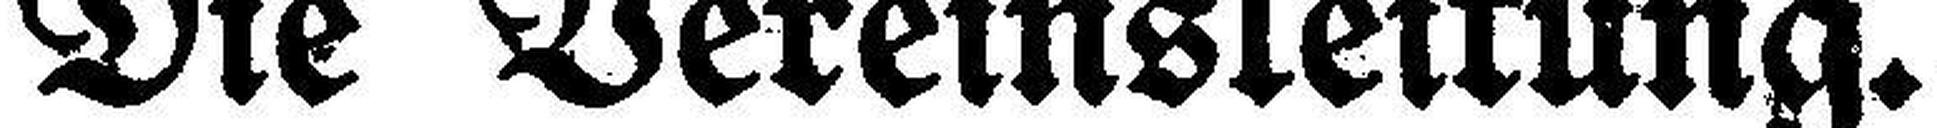
Die Vereinsleitung.